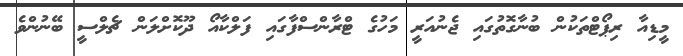
މީޑިއާ ރިޕޯޓްތަކުން ބުނާގޮތުގައި ޖެނުއަރީ މަހުގެ ޓްރާންސްފާގައި ފަލްކާއޯ ދޫކޮށްލަން ޗެލްސީ ބޭނުންވެ